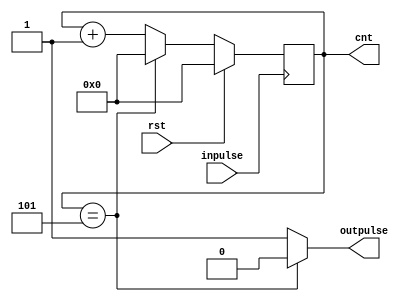
module counton6(
input inpulse,
input rst,
output [3:0]cnt,
output reg outpulse
    );
//THIS IS SIMILAR TO counton9 just counts up to 6 and inputs a 1-->0 pulse
reg [3:0]count_q, count_d;
assign cnt=count_q;


always @(count_q) begin
if (count_q == 4'd5) begin count_d=4'd0; outpulse=1'b0; end
else begin count_d=count_q + 1'b1; outpulse=1'b1; end 
end

always @(posedge inpulse) begin
	if (rst) count_q<=4'b0;
	else	count_q<=count_d;
end

endmodule